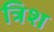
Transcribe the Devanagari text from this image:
त्रिश